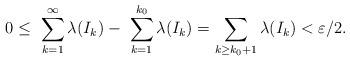
LaTeX: \begin{align*}0\leq \ \sum_{k=1}^{\infty }\lambda (I_{k})-\ \sum_{k=1}^{k_{0}}\lambda(I_{k})=\sum_{k\geq k_{0}+1}\lambda (I_{k})<\varepsilon /2. \end{align*}